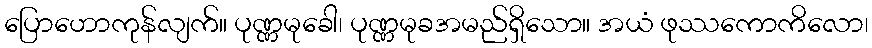
ပြောဟောကုန်လျက်။ ပုဏ္ဏမုခေါ၊ ပုဏ္ဏမုခအမည်ရှိသော။ အယံ ဖုဿကောကိလော၊